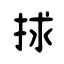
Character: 捄